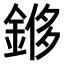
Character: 𫒬